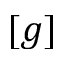
[ g ]